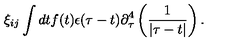
\xi _ { i j } \int d t f ( t ) \epsilon ( \tau - t ) \partial _ { \tau } ^ { 4 } \left( { \frac { 1 } { | \tau - t | } } \right) .